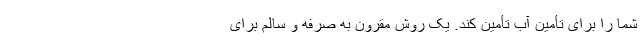
شما را برای تأمین آب تأمین کند. یک روش مقرون به صرفه و سالم برای